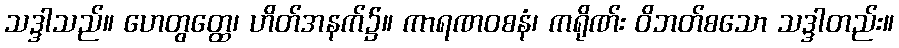
သဒ္ဒါသည်။ ဟေတွတ္ထေ၊ ဟိတ်အနက်၌။ ကာရဏဝစနံ၊ ကရိုဏ်း ဝိဘတ်စသော သဒ္ဒါတည်း။